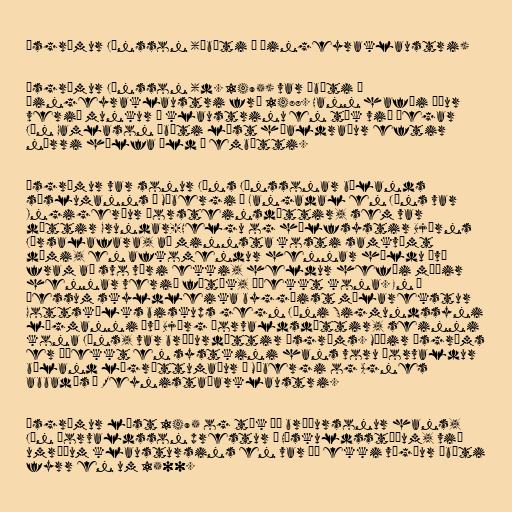
Ásgrímur Jónsson (ábóti í Þingeyraklaustri)

Ásgrímur Jónsson (d. 1495) var ábóti í
Þingeyraklaustri frá 1488. Hann hafði áður
verið munkur í klaustrinu en tók við þegar
Jón Gamlason ábóti lést háaldraður eftir
nærri hálfa öld í embætti.

Ásgrímur var sonur Jóns Jónssonar búlands
sýslumanns á Móbergi í Langadal en Jóns var
Ingigerður Þorsteinsdóttir, sem var
dóttir Grundar-Helgu og hálfsystir Björns
Jórsalafara, að minnsta kosti samkvæmt
dómi, en afkomendur hennar héldu því
fram að svo væri ekki, heldur hefði móðir
hennar verið fátæk, óþekkt kona. En á
þessum skyldleika byggðist málarekstur
Gottskálks biskups gegn Jóni Sigmundssyni
lögmanni því Björg Þorvaldsdóttir, seinni
kona Jóns, var bróðurdóttir Ásgríms. Móðir Ásgríms
er óþekkt en systkini hans voru Þorvaldur
búland lögréttumaður á Móbergi og Agnes
abbadís í Reynistaðarklaustri.

Ásgrímur lést 1495 og tók þá bróðursonur hans,
Jón Þorvaldsson prestur á Höskuldsstöðum, við
umráðum klaustursins en var þó ekki vígður ábóti
fyrr en um 1500.